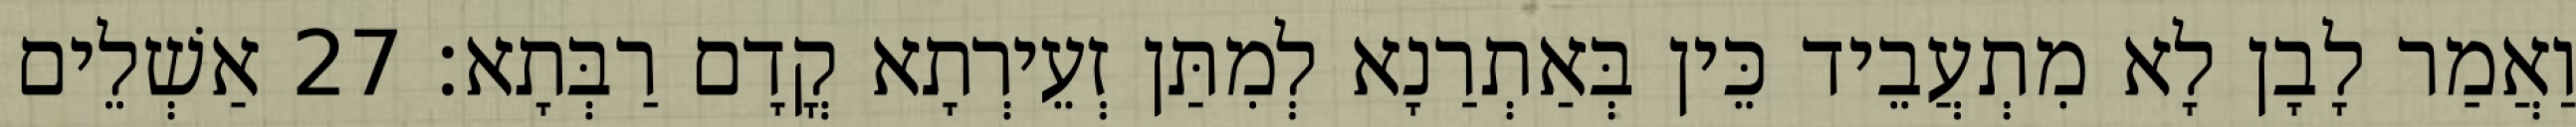
וַאֲמַר לָבָן לָא מִתְעֲבֵיד כֵּין בְּאַתְרַנָא לְמִתַּן זְעֵירְתָא קֳדָם רַבְּתָא׃ 27 אַשְׁלֵים